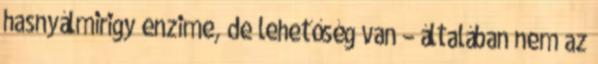
hasnyálmirigy enzime, de lehetőség van – általában nem az